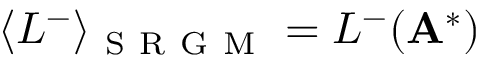
\langle L ^ { - } \rangle _ { \mathrm { ~ S ~ R ~ G ~ M ~ } } = L ^ { - } ( \mathbf { A } ^ { * } )